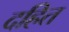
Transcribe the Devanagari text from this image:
दहित